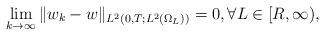
LaTeX: \begin{align*}\lim_{k\to\infty}\|w_k-w\|_{L^2(0,T; L^2(\Omega_L))}=0, \forall L\in [R,\infty),\end{align*}